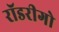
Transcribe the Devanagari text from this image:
रॉडरीगो